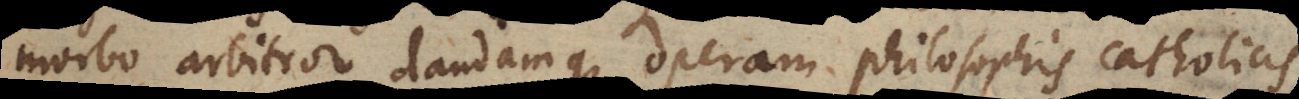
morbo arbitror dandamque operam philosophis catholicis,